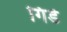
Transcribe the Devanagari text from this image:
गिडे